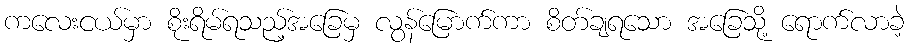
ကလေးငယ်မှာ စိုးရိမ်ရသည့်အခြေမှ လွန်မြောက်ကာ စိတ်ချရသော အခြေသို့ ရောက်လာခဲ့